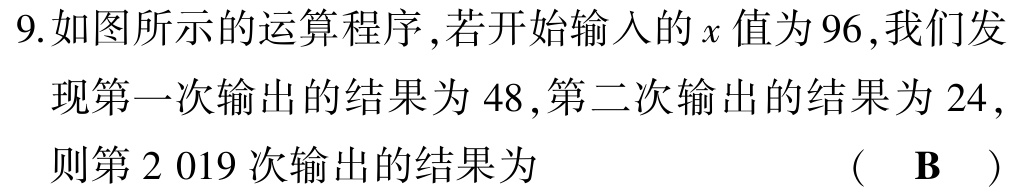
9.如图所示的运算程序,若开始输入的\(x\)值为\(96\),我们发现第一次输出的结果为\(48\),第二次输出的结果为\(24\),则第\(2 019\)次输出的结果为 （ \(\mathbf{B}\) ）